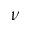
\nu